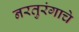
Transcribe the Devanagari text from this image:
नरतुरंगाचे